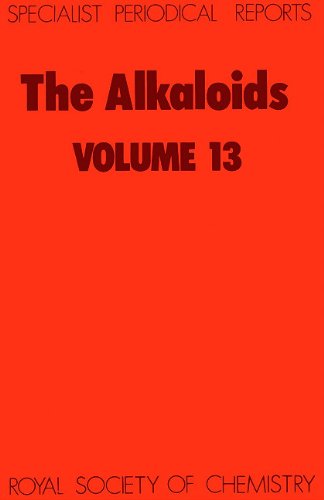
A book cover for Alkaloids, Vol 13 (Specialist Periodical Reports); Science & Math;